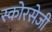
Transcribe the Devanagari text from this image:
स्कोरसेजी